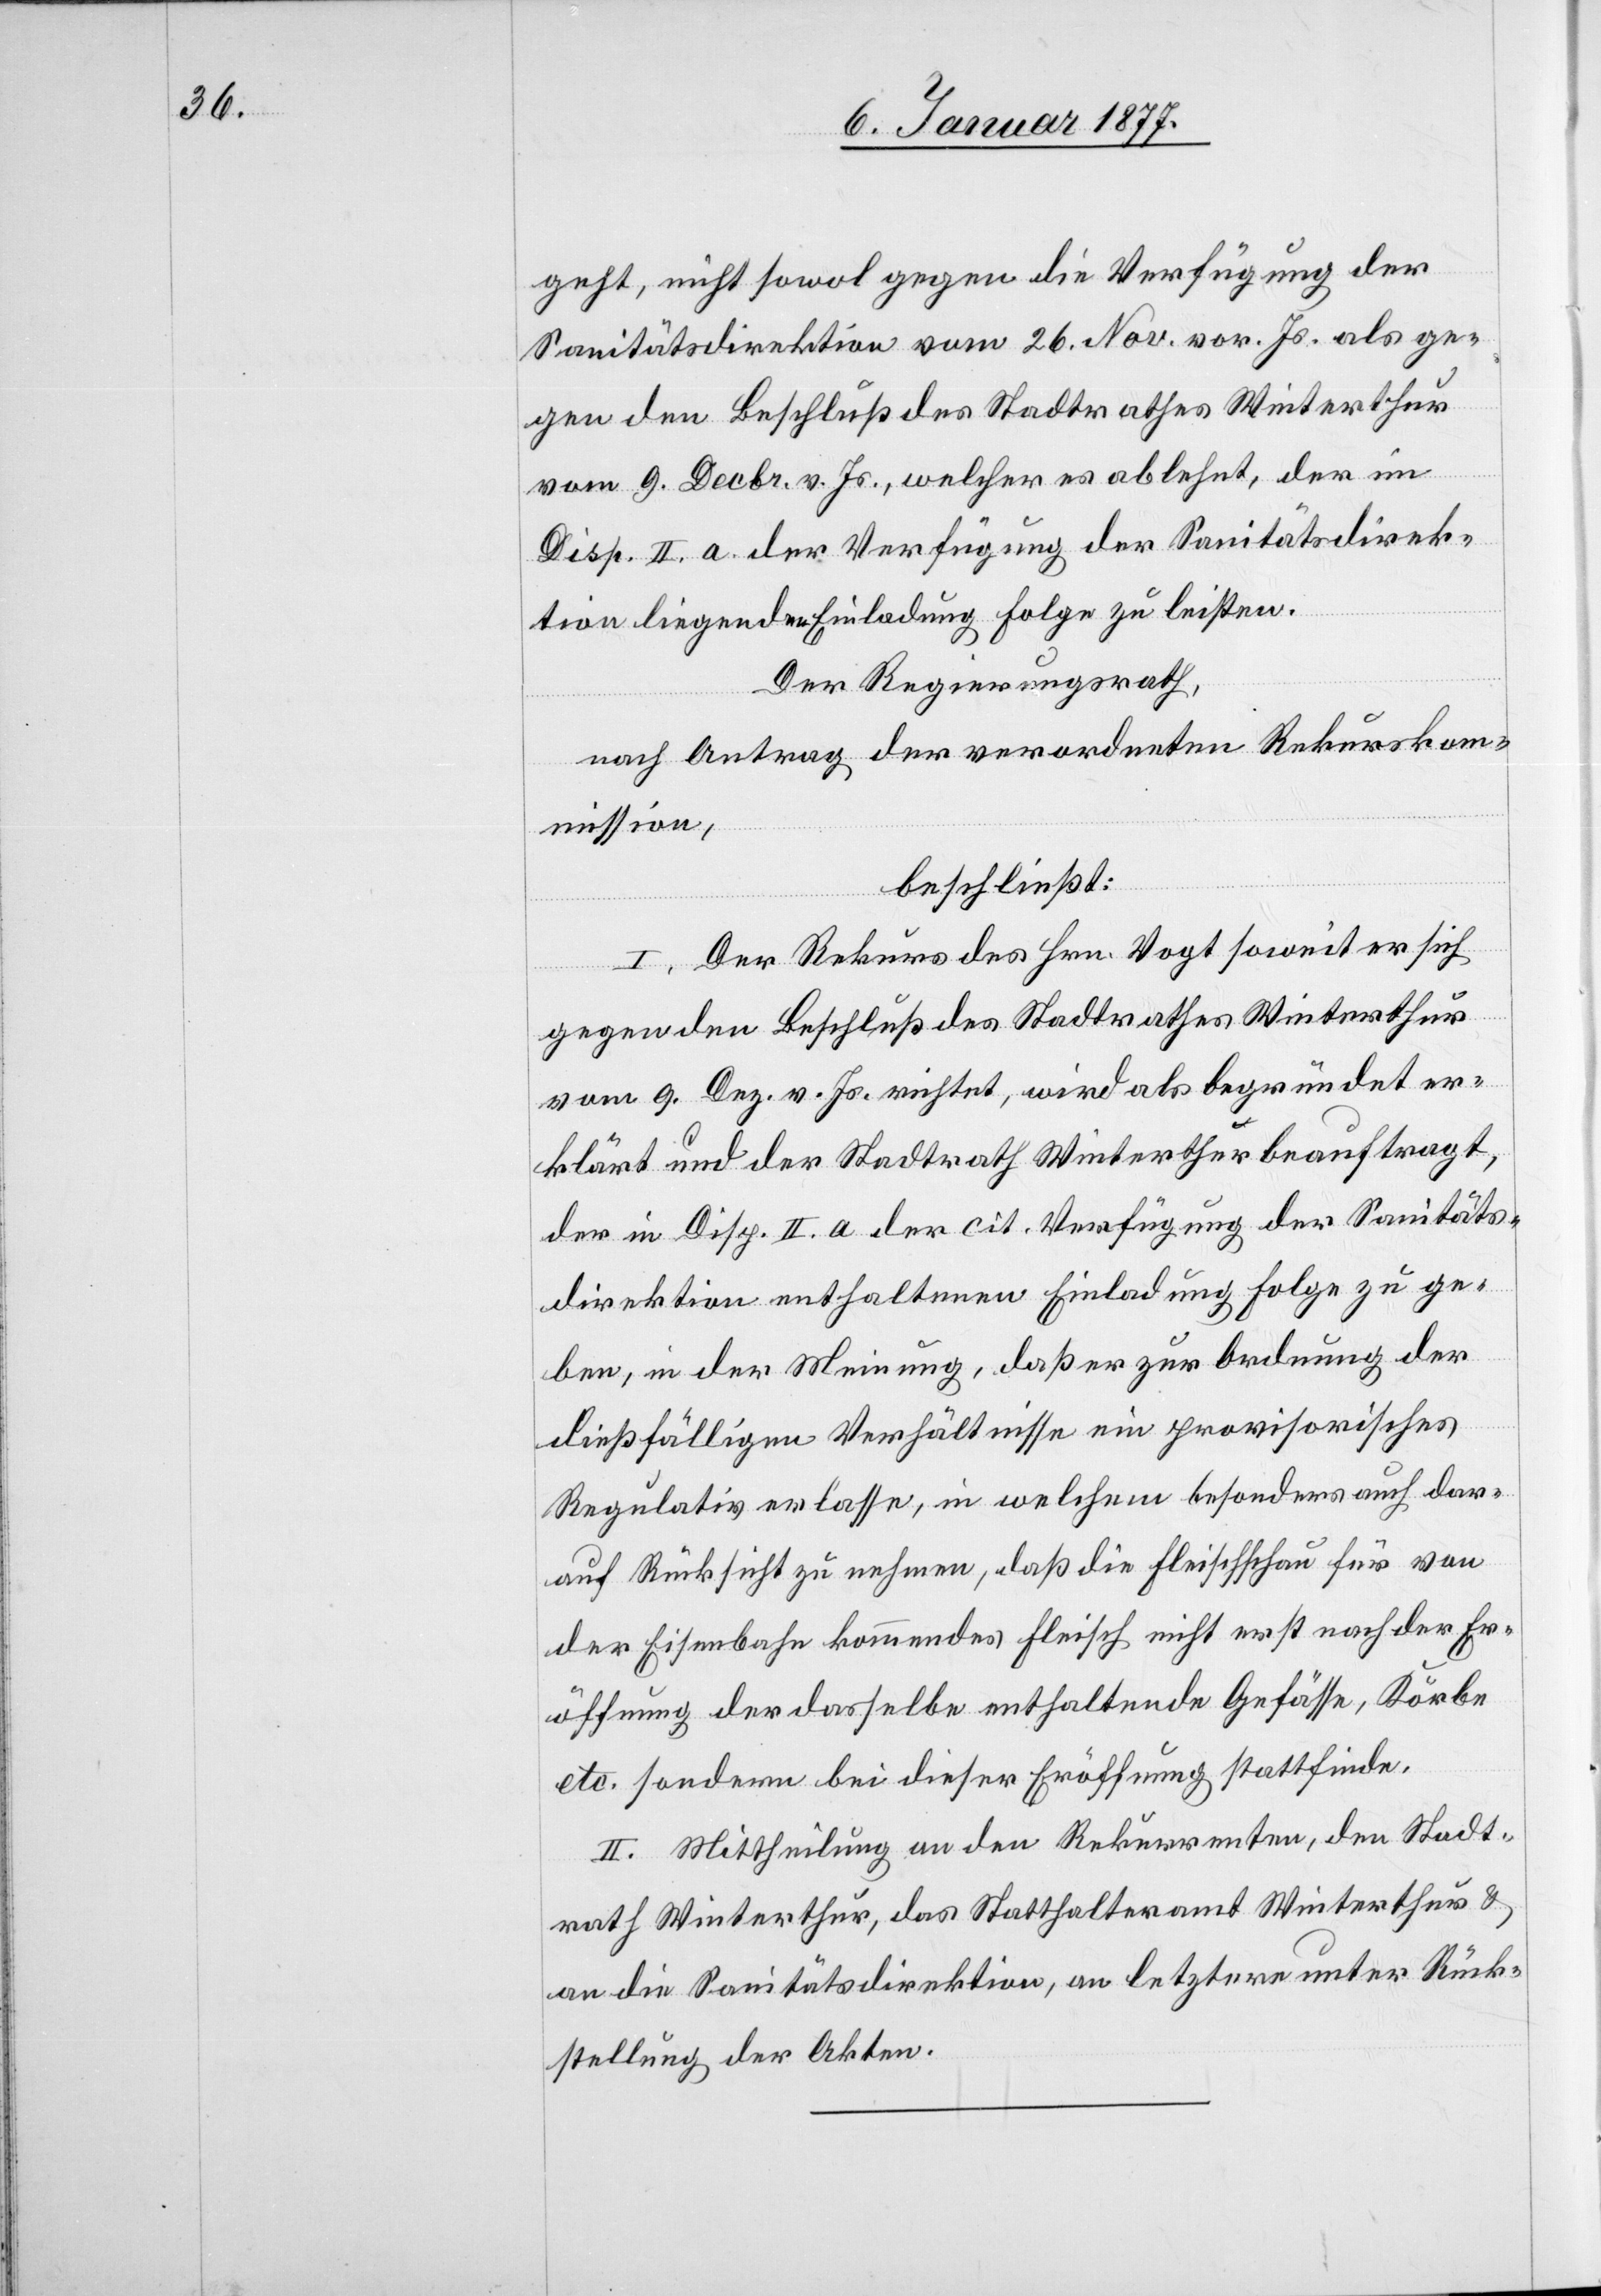
geht, nicht sowol gegen die Verfügung der
Sanitätsdirektion vom 26. Nov. vor. Js. als ge¬
gegen Beschluß des Stadtrathes Winterthur
vom 9. Decbr. v. Js., welcher es ablehnt, der im
Disp. II. a. der Verfügung der Sanitätsdirek¬
tion liegenden Einladung Folge zu leisten.
Der Regierungsrath,
nach Antrag der verordneten Rekurskom¬
mission,
beschließt:
I. Der Rekurs des Hrn. Vogt soweit er sich
vom 9. Dez. v. Js. richtet, wird als begründet er¬
klärt und der Stadtrath Winterthur beauftragt,
der in Disp. II. a. der cit. Verfügung der Sanitäts¬
direktion enthaltenen Einladung Folge zu ge¬
ben, in der Meinung, daß er zur Ordnung der
dießfälligen Verhältnisse ein provisorisches
Regulativ zu erlassen, in welchem besonders auch dar¬
auf Rücksicht zu nehmen, daß die Fleischschau für von
der Eisenbahn kommendes Fleisch nicht erst nach der Er¬
öffnung der dasselbe enthaltende[n] Gefässe, Körbe
etc. sondern bei dieser Eröffnung stattfinde.
II. Mittheilung an den Rekurrenten, den Stadt¬
rath Winterthur, das Statthalteramt Winterthur &
an die Sanitätsdirektion, an letztere unter Rück¬
stellung der Akten.